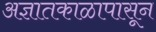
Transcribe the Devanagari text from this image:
अज्ञातकाळापासून